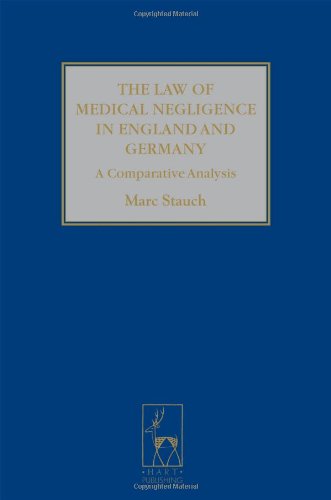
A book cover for The Law of Medical Negligence in England and Germany: A Comparative Analysis; Marc Stauch; Law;